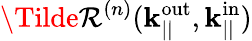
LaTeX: \Tilde{\mathcal{R}}^{(n)}(\mathbf{{k}}_{||}^{\mathrm{{out}}},\mathbf{{k}}_{||}^{\mathrm{{in}}})